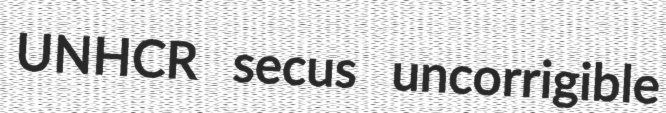
UNHCR secus uncorrigible